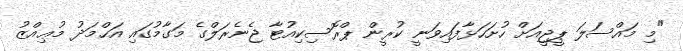
"މި މައްސަލަ ޕީޖީއަށް ހުށަހަޅާފައިވަނީ ކުރީން ޕްރޮސިކިއުޓާ ޖެނެރަލްގެ މަގާމުގައި އަޙްމަދު މުޢިއްޒު